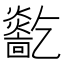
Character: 𤑓